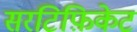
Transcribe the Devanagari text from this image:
सरटिफ़िकेट